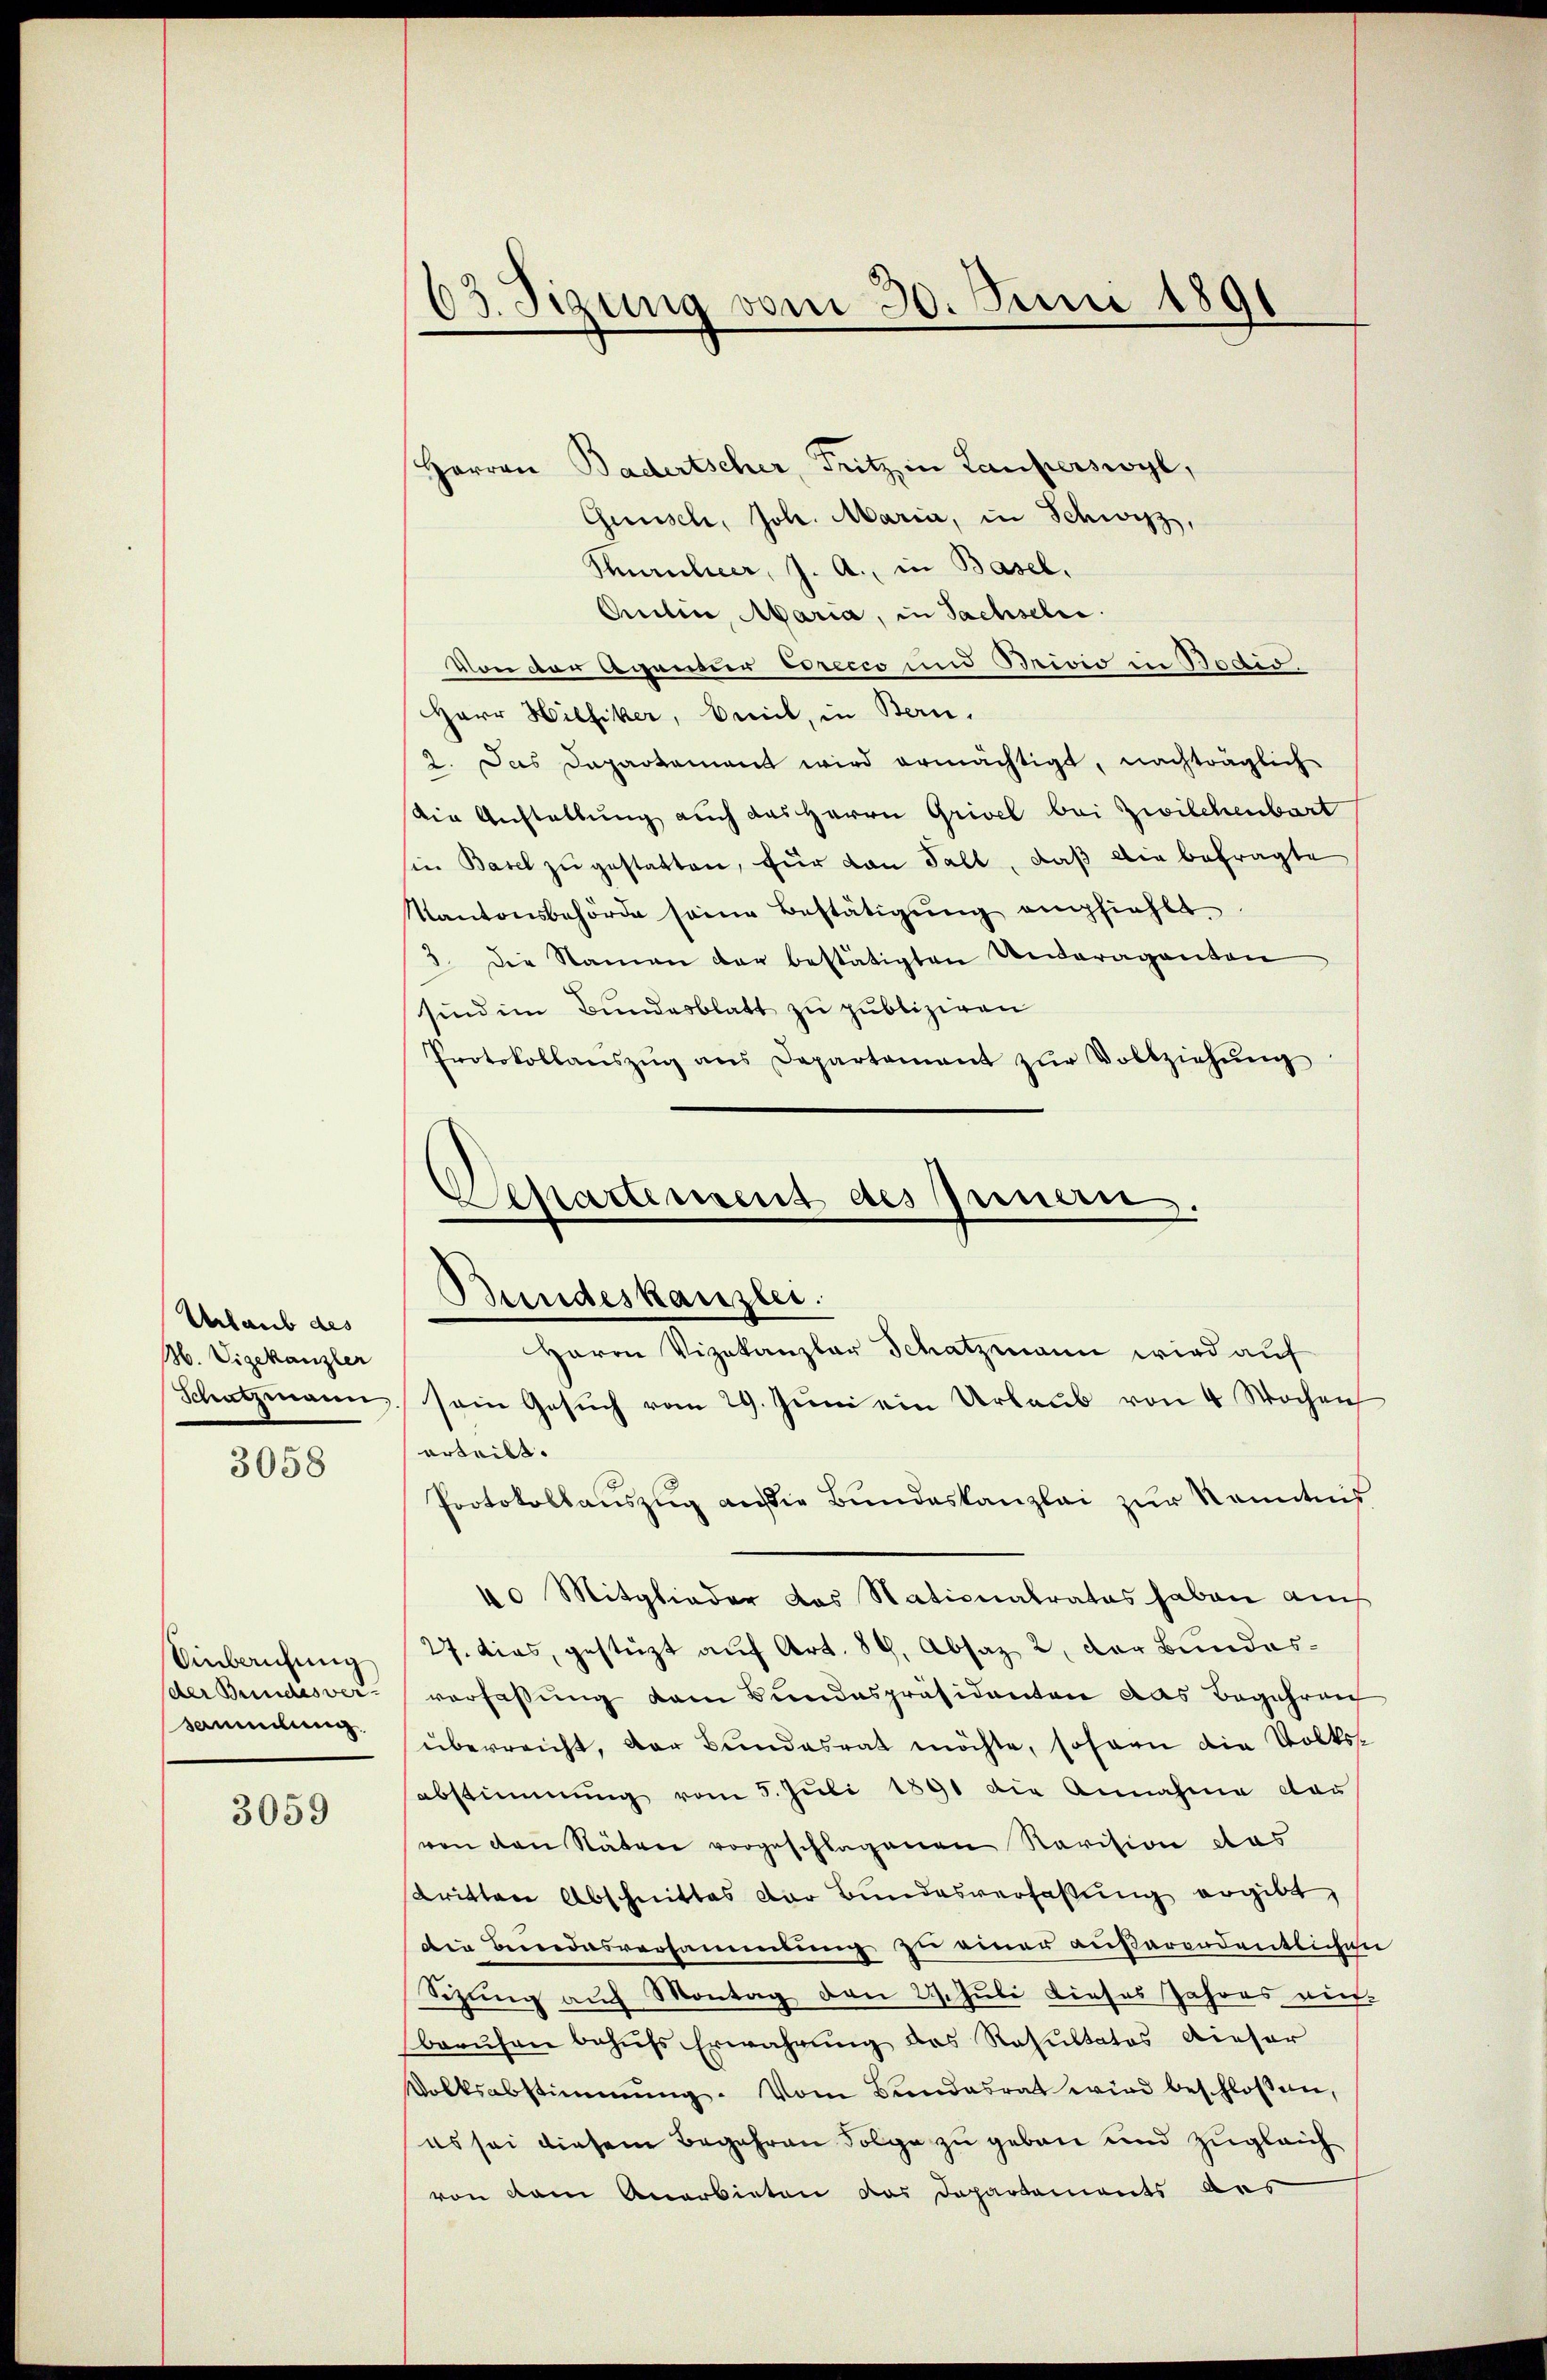
Urlaub des
M. Vigekanzler

3058

Einberufung
der Bundesver-
sammlung.

3059

Harren Badertscher, Fritz in Lauferswyl,
Günsch, Joh. Maria, in Schwyz,
Turnleer, J. A., in Basel,
Quilin, Maria, in Sachsehe.
Von der Agantier Crecco und Brivio in Bodio.
Herr Hiefiker, brick, in Bern,
2. Das Departement wird ermächtigt, nachträglich
Die Anstellung auch das Herrn Grivel bei Zwilchenbart
in Basel zu gestatten, für von Fall, daß die befragte
Kantonsbehörde seine Bestätigung empfiehlt.
3. Die Namen der bestätigten Unteraganten
sind im Bundesblatt zu publiziren
Protokollanszŭg ans Departament zŭr Vollziehŭng

63. Sitzung vom 30. Juni 1891

Eepartement des Innern.
Bundeskanzlei.

Herrn Vizekanzlar Schatzmann wird auf
Schatzmann sein Gesuch vom 29. Juni ein Urlaub von 4 Wochen
erteilt.
Protokollauszug aus die Bundeskanzlei zur Kenntnis
40 Mitglieder das Stationalrates haben aus
27. dies, gestüzt auf Art. 89, Absaz 2, der Bundesverfassung dem Bundespräsidenten das Begehren
überreicht, der Bundesrat möchte, sofern die Volksabstimmung vom 5. Jŭli 1891 die Annahme das
von den Stäten vorgeschlagenen Revision das
dritten Abschnittes der Bundesverfaßung ergibt,
die Beredasversammlung zu einer außerordentlichen
Sizung auf Montag den 29. Juli dieses Jahres auf
berufen behŭfs Erwähnung das Resultatos dieser
Volksabstimmung. Vom Bundesrat wird beschloßen,
es sei diesem Begehren Folge zu geben und zugleich
von dem Anarbieten das Departements aus